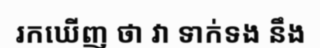
រកឃើញ ថា វា ទាក់ទង នឹង